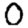
Digit: 0